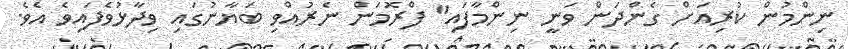
ނިންމުން ކުރިއަށް ގެންދަން ވަނީ ނިންމާފައި" ފްރޮމަން ނެރުއްވި ބަޔާނުގައި ވިދާޅުވެފައިވެ އެވެ.